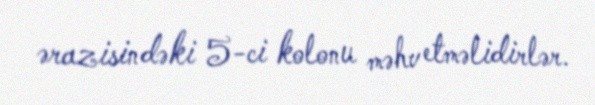
ərazisindəki 5-ci kolonu məhv etməlidirlər.